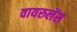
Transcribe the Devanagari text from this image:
वायरुलेंस